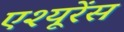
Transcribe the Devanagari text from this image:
एश्यूरेंस